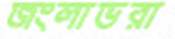
জংলাভরা